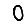
Digit: 0